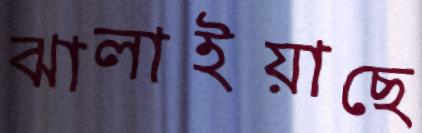
ঝালাইয়াছে